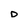
Character: D